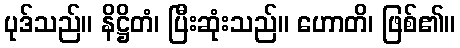
ပုဒ်သည်။ နိဋ္ဌိတံ၊ ပြီးဆုံးသည်။ ဟောတိ၊ ဖြစ်၏။